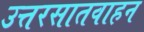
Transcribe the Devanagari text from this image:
उत्तरसातवाहन